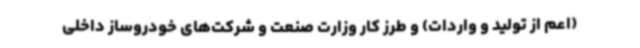
(اعم از تولید و واردات) و طرز کار وزارت صنعت و شرکت‌های خودروساز داخلی